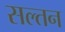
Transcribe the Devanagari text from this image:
सल्तन